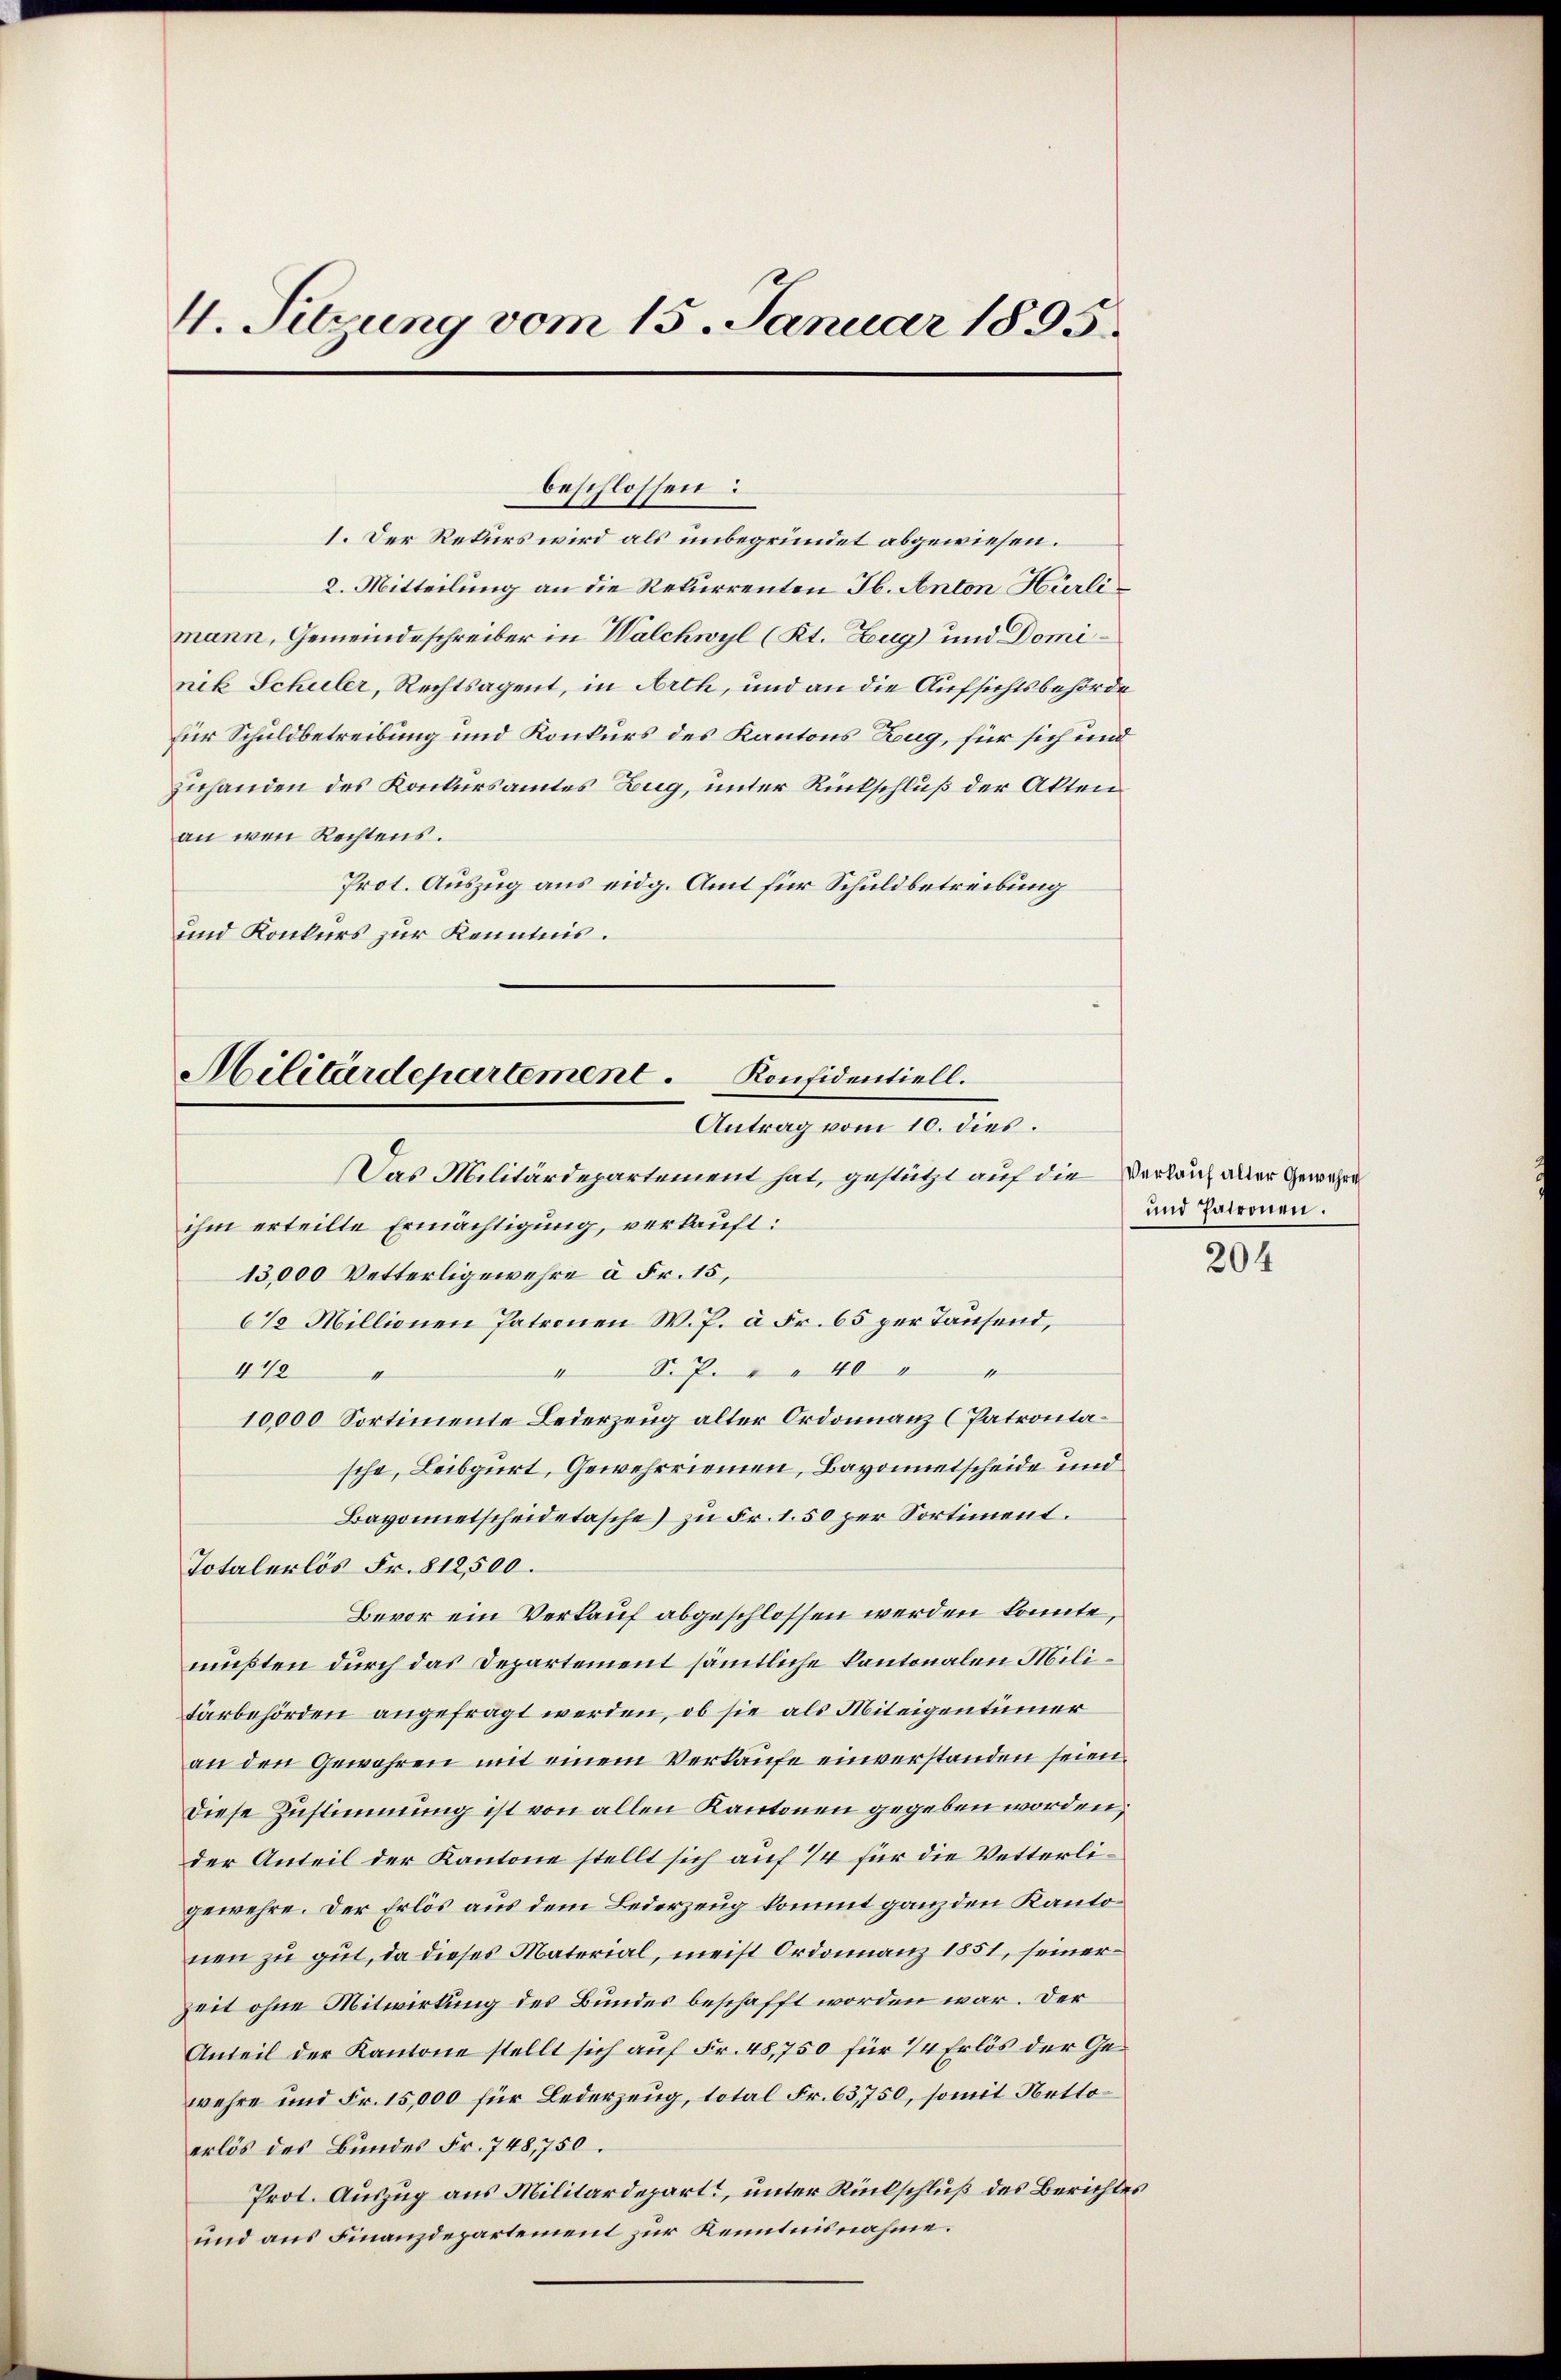
4. Sitzung vom 15. Januar 1895.

1. Der Rekurs wird als unbegründet abgewiesen.
2. Mitteilung an die Rekurrenten Jb. Anton Hürli
mann, Gemeindeschreiber in Walchwyl (Kt. Zug und Dominik Schuler, Rechtsagent, in Arth, und an die Aufsichtsbehörde
für Schuldbetreibung und Konkurs des Kantons Zug, für sich und
Zuhanden des Konkursamtes Zug, unter Rückschluß der Akten
an wen Rechtens.
Prot. Auszug aus eidg. Amt für Schuldbetreibung
und Konkurs zur Kenntnis.

beschlossen:

Militärdepartement. Konfidentiell.
Antrag vom 10. dies.

Das Militärdepartement hat, gestützt auf die Verlauf aller Gewähre
ihm erteilte Ermächtigung, verkauft:
13,000 Vetterligewehre à Fr. 15,
6% Millionen Patronen W. P. à Fr. 65 per Tausend,
 S. P. 140 "
418
10000 Sortimente Lederzeug alter Ordonnanz (Patrontasche, Leibgurt, Gewehrriemen, Bayonnetscheide und
Bavonnetscheidetasche) zu Fr. 1.50 per Sortiment.
Totalerlös Fr. 812,500.
Bevor ein Verkauf abgeschlossen werden könnte,
müßten durch das Departement sämmtliche Kantonalen Militärbehörden angefragt werden, ob sie als Miteigentümer
an den Gewähren mit einem Verkaufe einverstanden seien.
diese Zustimmung ist von allen Kantonen gegeben worden,
der Anteil der Kantone stellt sich auf 1/4 für die Vetterligewehre. Der Erlös aus dem Bederzeug kommt ganz den Kantonen zu gut, da dieses Material, meist Ordonnanz 1851, seiner
Zeit ohne Mitwirkung des Bundes beschafft worden war. Der
Anteil der Kantone stellt sich auf Fr. 48,750 für 14 Erlös der Gewehre und Fr. 15,000 für Lederzeug, total Fr. 63750, somit Nettoerlös des Bundes Fr. 748,750.
Prot. Auszug aus Militärdepart, unter Rückschluß des Berichtes
und aus Finanzdepartement zur Kenntnisnahme.

und Patronen.

204